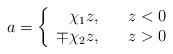
\begin{align*}a = \left\{ \begin{array}{rl} \chi_1 z, & \; \ \ z<0\\\mp \chi_2 z, & \;\ \ z>0 \end{array} \right.\end{align*}